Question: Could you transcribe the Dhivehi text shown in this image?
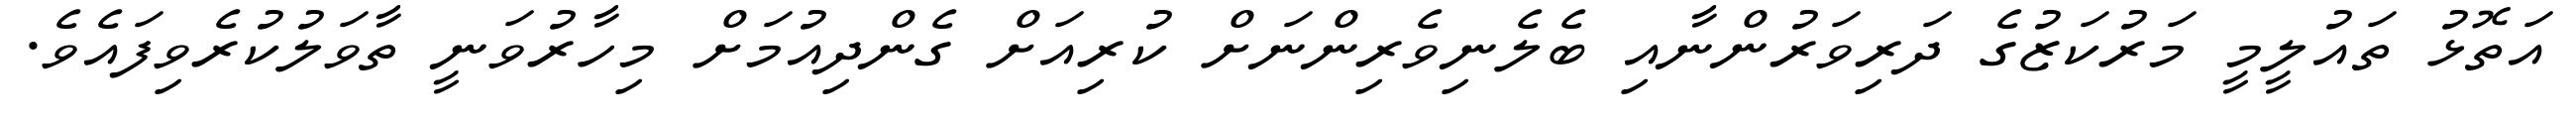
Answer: އަތޮޅު ތައުލީމީ މަރުކަޒުގެ ދަރިވަރުންނާއި ބެލެނިވެރިންނަށް ކުރިއަށް ގެންދިއުމަށް މިހާރުވަނީ ތާވަލުކުރެވިފައެވެ.